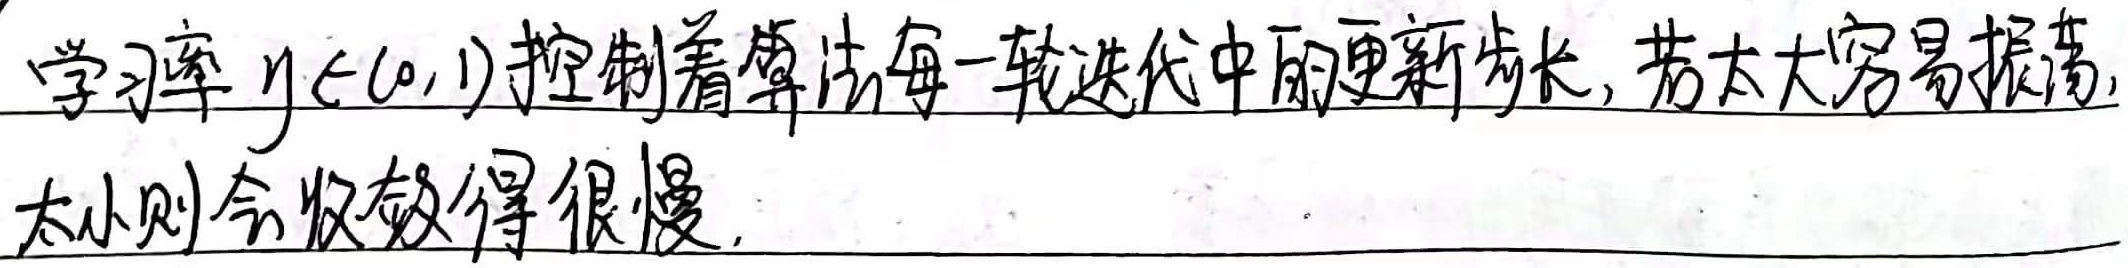
学习率 $\eta\in(0,1)$ 控制着算法每一轮迭代中的更新步长，若太大容易振荡，太小则会收敛得很慢。